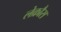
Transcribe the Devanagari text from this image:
लेक्रौस